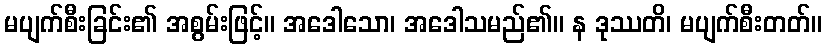
မပျက်စီးခြင်း၏ အစွမ်းဖြင့်။ အဒေါသော၊ အဒေါသမည်၏။ န ဒုဿတိ၊ မပျက်စီးတတ်။